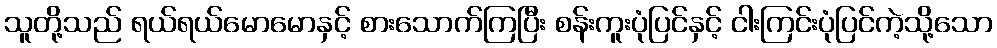
သူတို့သည် ရယ်ရယ်မောမောနှင့် စားသောက်ကြပြီး စန်းကူးပုံပြင်နှင့် ငါးကြင်းပုံပြင်ကဲ့သို့သော